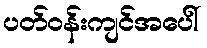
ပတ်ဝန်းကျင်အပေါ်